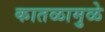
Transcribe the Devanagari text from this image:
कातळामुळे